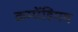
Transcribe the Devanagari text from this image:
कम्पेंडियम